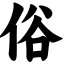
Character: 俗